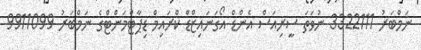
ނަމްބަރު 3322111 ނުވަތަ ސީރިއަސް އެންޑް އޯގަނައިޒްޑް ކްރައިމް ޑިޕާޓްމަންޓްގެ ނަމްބަރު 9911099